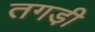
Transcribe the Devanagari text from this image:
तगडी़